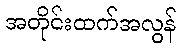
အတိုင်းထက်အလွန်